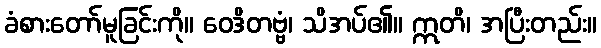
ခံစားတော်မူခြင်းကို။ ဝေဒိတဗ္ဗံ၊ သိအပ်၏။ ဣတိ၊ အပြီးတည်း။